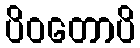
ပိဝတောပိ